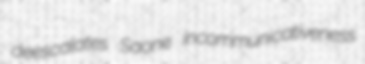
deescalates Saone incommunicativeness